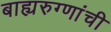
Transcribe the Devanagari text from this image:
बाह्यरुग्णांची